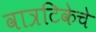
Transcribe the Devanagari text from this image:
वात्रटिकेचे